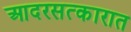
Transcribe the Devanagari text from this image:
आदरसत्कारात